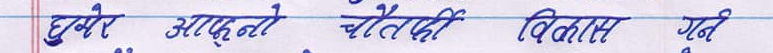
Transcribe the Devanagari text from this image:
घुमरो आफ्नो चौतर्फी विकास गरी